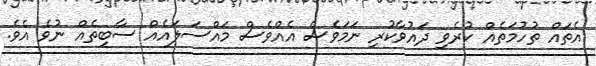
އެތައް ތުހުމަތެއް ކުރެވި ދައުވާކުރި ނަމަވެސް އެއްވެސް މައްސަލައެއް ސާބިތެއް ނުވެ އެެވެ.